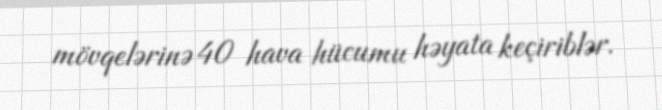
mövqelərinə 40 hava hücumu həyata keçiriblər.